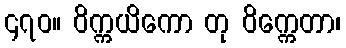
၄၇၀။ ဝိက္ကယိကော တု ဝိက္ကေတာ၊